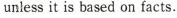
unless it is based on facts.